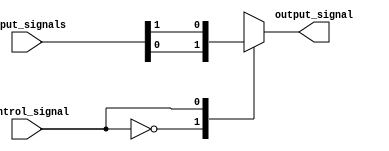
module IO_Buffer(
    input wire [7:0] input_signals,
    output wire output_signal,
    input wire control_signal
);

reg [7:0] input_buffer;
reg output_buffer;

always @ (control_signal or input_signals)
begin
    case(control_signal)
        0: output_buffer = input_buffer[0];
        1: output_buffer = input_buffer[1];
        2: output_buffer = input_buffer[2];
        3: output_buffer = input_buffer[3];
        4: output_buffer = input_buffer[4];
        5: output_buffer = input_buffer[5];
        6: output_buffer = input_buffer[6];
        7: output_buffer = input_buffer[7];
        default: output_buffer = 0;
    endcase
end

always @ (input_signals)
begin
    input_buffer = input_signals;
end

assign output_signal = output_buffer;

endmodule